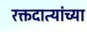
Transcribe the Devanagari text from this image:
रक्तदात्यांच्या